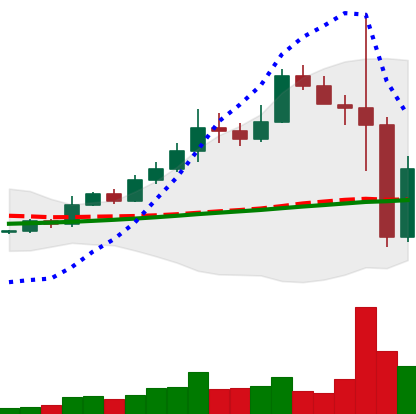
Ticker: BNB-USD
Chart end date: 2022-11-10
Forward return: -8.947%
Label: down_7plus